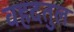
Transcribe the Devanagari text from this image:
वहदतुल